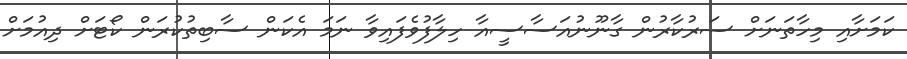
ކަމަށާއި މިހާތަނަށް ސަރުކާރުން ގާނޫނުއަސާސީއާ ހިލާފުވެފައިވާ ނަމަ އެކަން ސާބިތުކުރަން ކޯޓަށް ދިއުމަށް